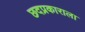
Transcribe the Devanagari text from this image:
छदप्रकाराला